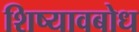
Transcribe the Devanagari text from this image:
शिष्यावबोध